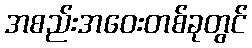
အစည်းအဝေးတစ်ခုတွင်